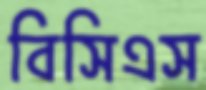
বিসিএস